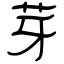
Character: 芽